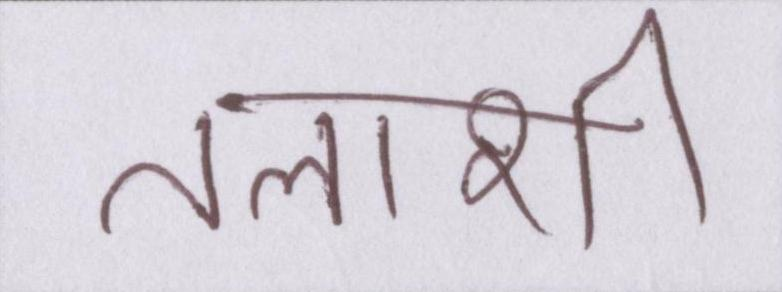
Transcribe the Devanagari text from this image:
तलाशी